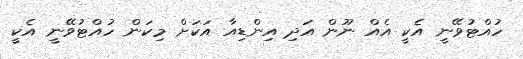
ހުއްޓުވޭނީ އެކީ އެއް ނޫން އަދި އިންޑިއާ އަކަށް މިކަން ހުއްޓުވޭނީ އެކީ